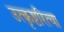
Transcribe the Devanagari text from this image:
उत्कृष्टरित्या